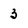
Character: 3